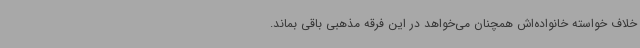
خلاف خواسته خانواده‌اش همچنان می‌خواهد در این فرقه مذهبی باقی بماند.